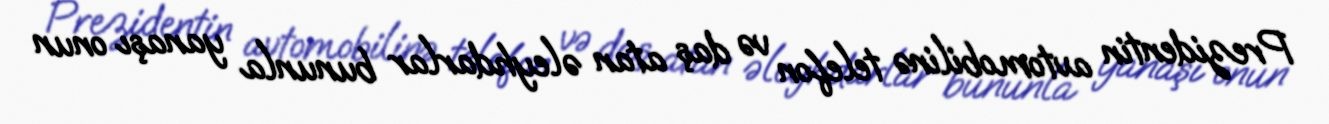
Prezidentin avtomobilinə telefon və daş atan əleyhdarlar bununla yanaşı onun